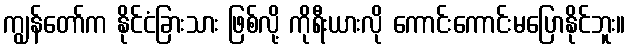
ကျွန်တော်က နိုင်ငံခြားသား ဖြစ်လို့ ကိုရီးယားလို ကောင်းကောင်းမပြောနိုင်ဘူး။